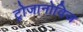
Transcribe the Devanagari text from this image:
ट्रोजानोविज